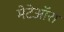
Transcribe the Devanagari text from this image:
मेटेऑरा